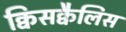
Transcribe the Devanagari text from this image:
क्विसक्वैलिस